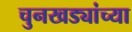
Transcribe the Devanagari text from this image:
चुनखड्यांच्या